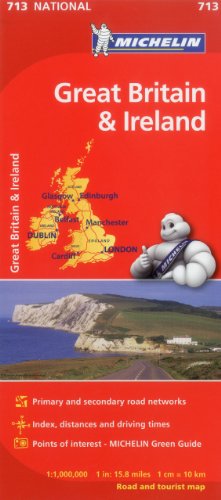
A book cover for Michelin Great Britain & Ireland Map 713 (Maps/Country (Michelin)); Michelin Travel & Lifestyle; Travel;